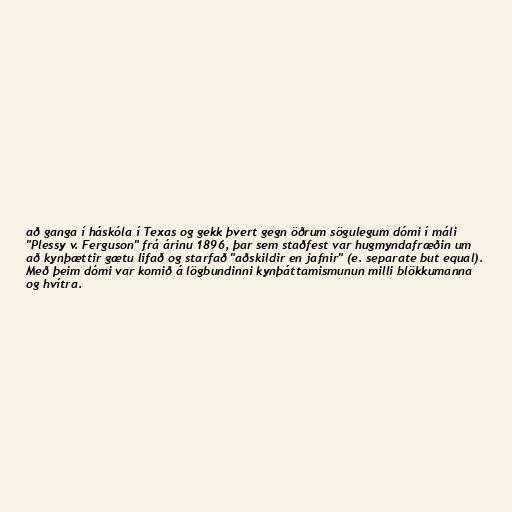
að ganga í háskóla í Texas og gekk þvert gegn öðrum sögulegum dómi í máli
"Plessy v. Ferguson" frá árinu 1896, þar sem staðfest var hugmyndafræðin um
að kynþættir gætu lifað og starfað "aðskildir en jafnir" (e. separate but equal).
Með þeim dómi var komið á lögbundinni kynþáttamismunun milli blökkumanna
og hvítra.